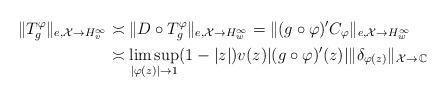
LaTeX: \begin{align*}\lVert T_g^\varphi \rVert_{e,\mathcal{X} \to H_v^\infty} &\asymp \lVert D \circ T_g^\varphi \rVert_{e,\mathcal{X} \to H_w^\infty} = \lVert (g \circ \varphi)' C_\varphi \rVert_{e,\mathcal{X} \to H_w^\infty}\\&\asymp \limsup_{|\varphi(z)| \to 1} (1 - |z|)v(z)|(g \circ \varphi)'(z)| \lVert \delta_{\varphi(z)} \rVert_{\mathcal{X} \to\,\mathbb{C}}\end{align*}